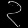
Digit: ၃